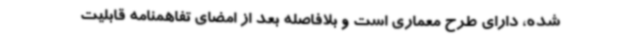
شده، دارای طرح معماری است و بلافاصله بعد از امضای تفاهمنامه قابلیت